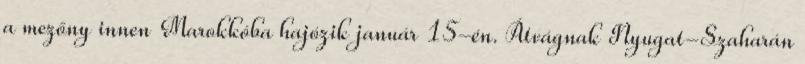
a mezőny innen Marokkóba hajózik január 15-én. Átvágnak Nyugat-Szaharán